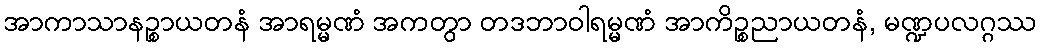
အာကာသာနဉ္စာယတနံ အာရမ္မဏံ အကတွာ တဒဘာဝါရမ္မဏံ အာကိဉ္စညာယတနံ, မဏ္ဍပလဂ္ဂဿ